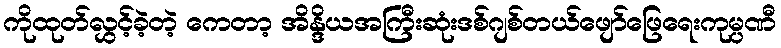
ကိုထုတ်လွှင့်ခဲ့တဲ့ ကေတာ့ အိန္ဒိယအကြီးဆုံးဒစ်ဂျစ်တယ်ဖျော်ဖြေရေးကုမ္ပဏီ